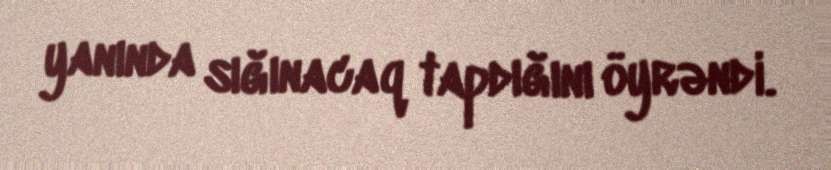
yanında sığınacaq tapdığını öyrəndi.